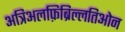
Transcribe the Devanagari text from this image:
अत्रिअलफ़िब्रिल्लतिओन